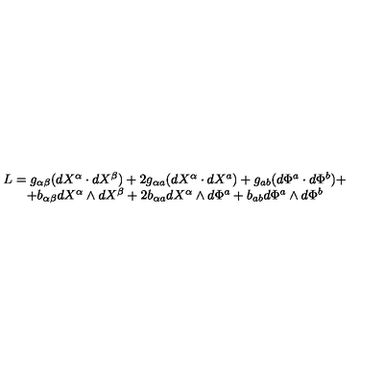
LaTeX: \begin{array} { c } { L = g _ { \alpha \beta } ( d X ^ { \alpha } \cdot d X ^ { \beta } ) + 2 g _ { \alpha a } ( d X ^ { \alpha } \cdot d X ^ { a } ) + g _ { a b } ( d \Phi ^ { a } \cdot d \Phi ^ { b } ) + } \\ { + b _ { \alpha \beta } d X ^ { \alpha } \wedge d X ^ { \beta } + 2 b _ { \alpha a } d X ^ { \alpha } \wedge d \Phi ^ { a } + b _ { a b } d \Phi ^ { a } \wedge d \Phi ^ { b } } \\ \end{array}